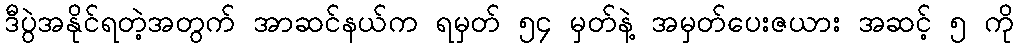
ဒီပွဲအနိုင်ရတဲ့အတွက် အာဆင်နယ်က ရမှတ် ၅၄ မှတ်နဲ့ အမှတ်ပေးဇယား အဆင့် ၅ ကို